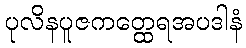
ပုလိနပူဇကတ္ထေရအပဒါနံ